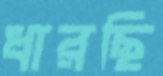
ধারছি